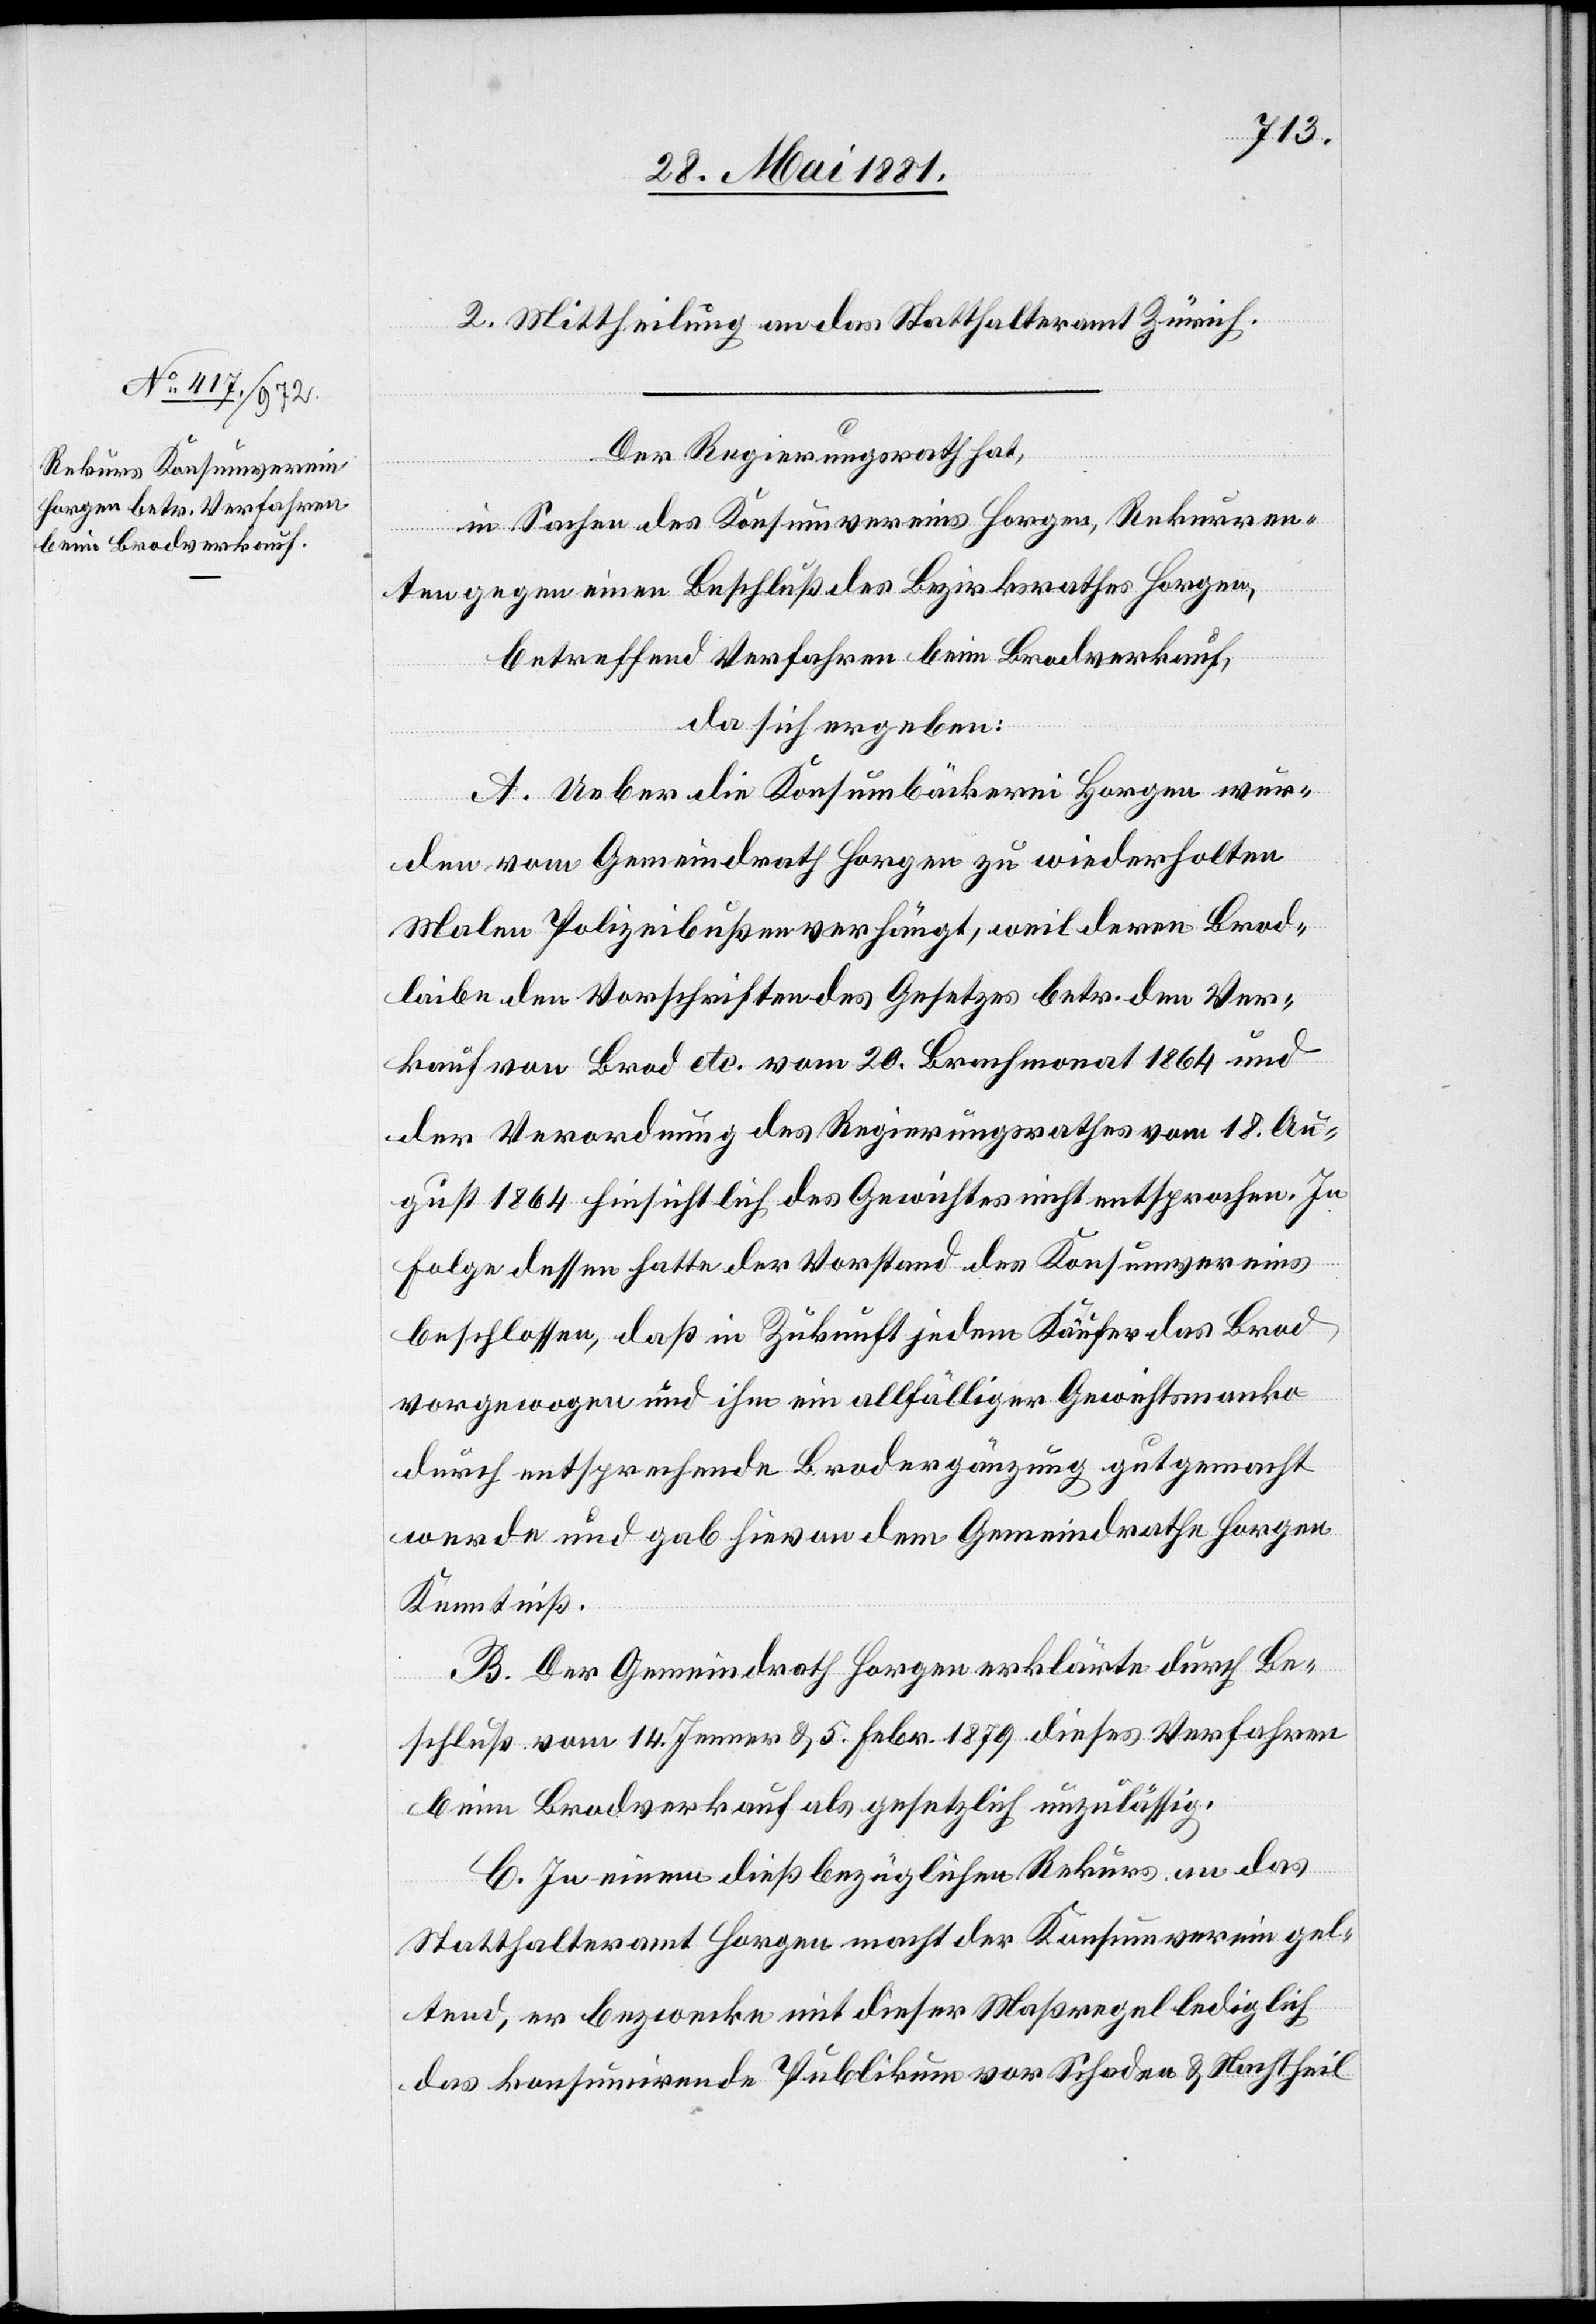
2. Mittheilung an das Statthalteramt Zürich.
Der Regierungsrath hat,
In Sachen des Konsumvereins Horgen, Rekurren¬
ten gegen einen Beschluß des Bezirksrathes Horgen,
betreffend Verfahren beim Brodverkauf,
da sich ergeben:
A. Ueber die Konsumbäckerei Horgen wur¬
den vom Gemeindrath Horgen zu wiederholten
Malen Polizeibußen verhängt, weil deren Brod¬
laibe den Vorschriften des Gesetzes betr. den Ver¬
kauf von Brod etc. vom 20. Brachmonat 1864 und
der Verordnung des Regierungsrathes vom 18. Au¬
gust 1864 hinsichtlich des Gewichtes nicht entsprochen. In
Folge dessen hatte der Vorstand des Konsumvereins
beschlossen, daß in Zukunft jedem Käufer das Brod
vorgewogen und ihm ein allfälliger Gewichtsmanko
durch entsprechende Brodergänzung gutgemacht
werde und gab hievon dem Gemeindrathe Horgen
Kenntniß.
B. Der Gemeindrath Horgen erklärte durch Be¬
schluß vom 14. Jenner & 5. Febr. 1879 dieses Verfahren
beim Brodverkauf als gesetzlich unzulässig.
C. In einem dießbezüglichen Rekurs an das
Statthalteramt Horgen macht der Konsumverein gel¬
tend, er bezwecke mit dieser Maßregel lediglich
das konsumirende Publikum vor Schaden & Nachtheil